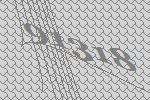
91318